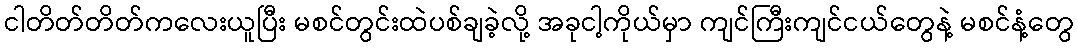
ငါတိတ်တိတ်ကလေးယူပြီး မစင်တွင်းထဲပစ်ချခဲ့လို့ အခုငါ့ကိုယ်မှာ ကျင်ကြီးကျင်ငယ်တွေနဲ့ မစင်နံ့တွေ